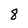
Character: 8